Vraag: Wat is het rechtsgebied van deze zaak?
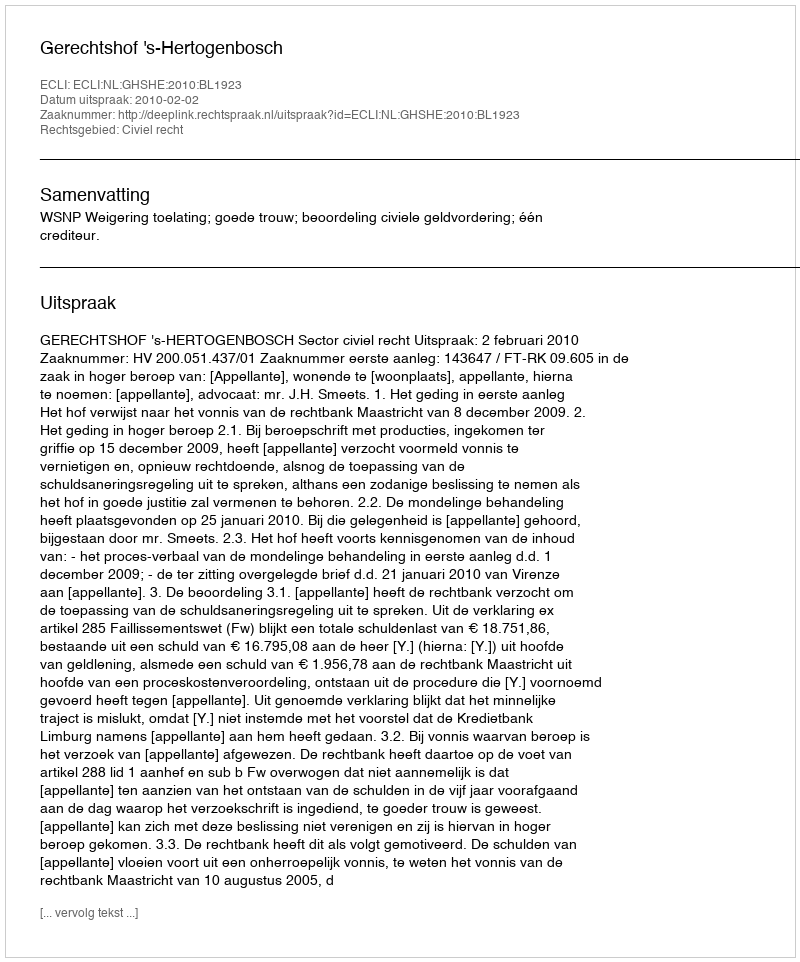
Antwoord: Civiel recht